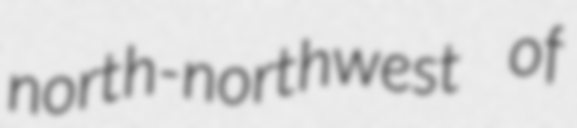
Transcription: north-northwest of